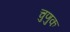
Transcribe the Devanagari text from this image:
चुणुक